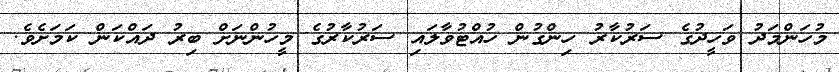
މުހަންމަދު ވަހީދުގެ ސަރުކާރު ހިންގުން ހުއްޓުވާލައި ސަރުކާރުގެ މީހުންނަށް ބިރު ދައްކަން ކަމަށެވެ.